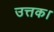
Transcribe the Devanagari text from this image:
उत्तक।